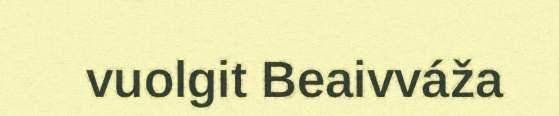
vuolgit Beaivváža